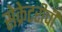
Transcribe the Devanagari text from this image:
सेक्रेटरीची